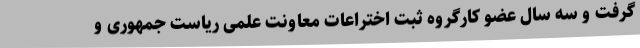
گرفت و سه سال عضو کارگروه ثبت اختراعات معاونت علمی ریاست جمهوری و